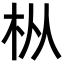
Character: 枞